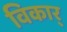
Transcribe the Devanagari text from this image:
विकार्